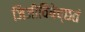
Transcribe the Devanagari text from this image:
जिजीविषेच्छतं